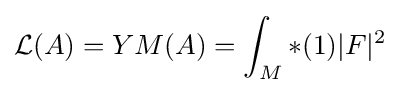
{\mathcal {L}}(A)=YM(A)=\int _{M}*(1)\vert F\vert ^{2}